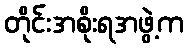
တိုင်းအစိုးရအဖွဲ့က